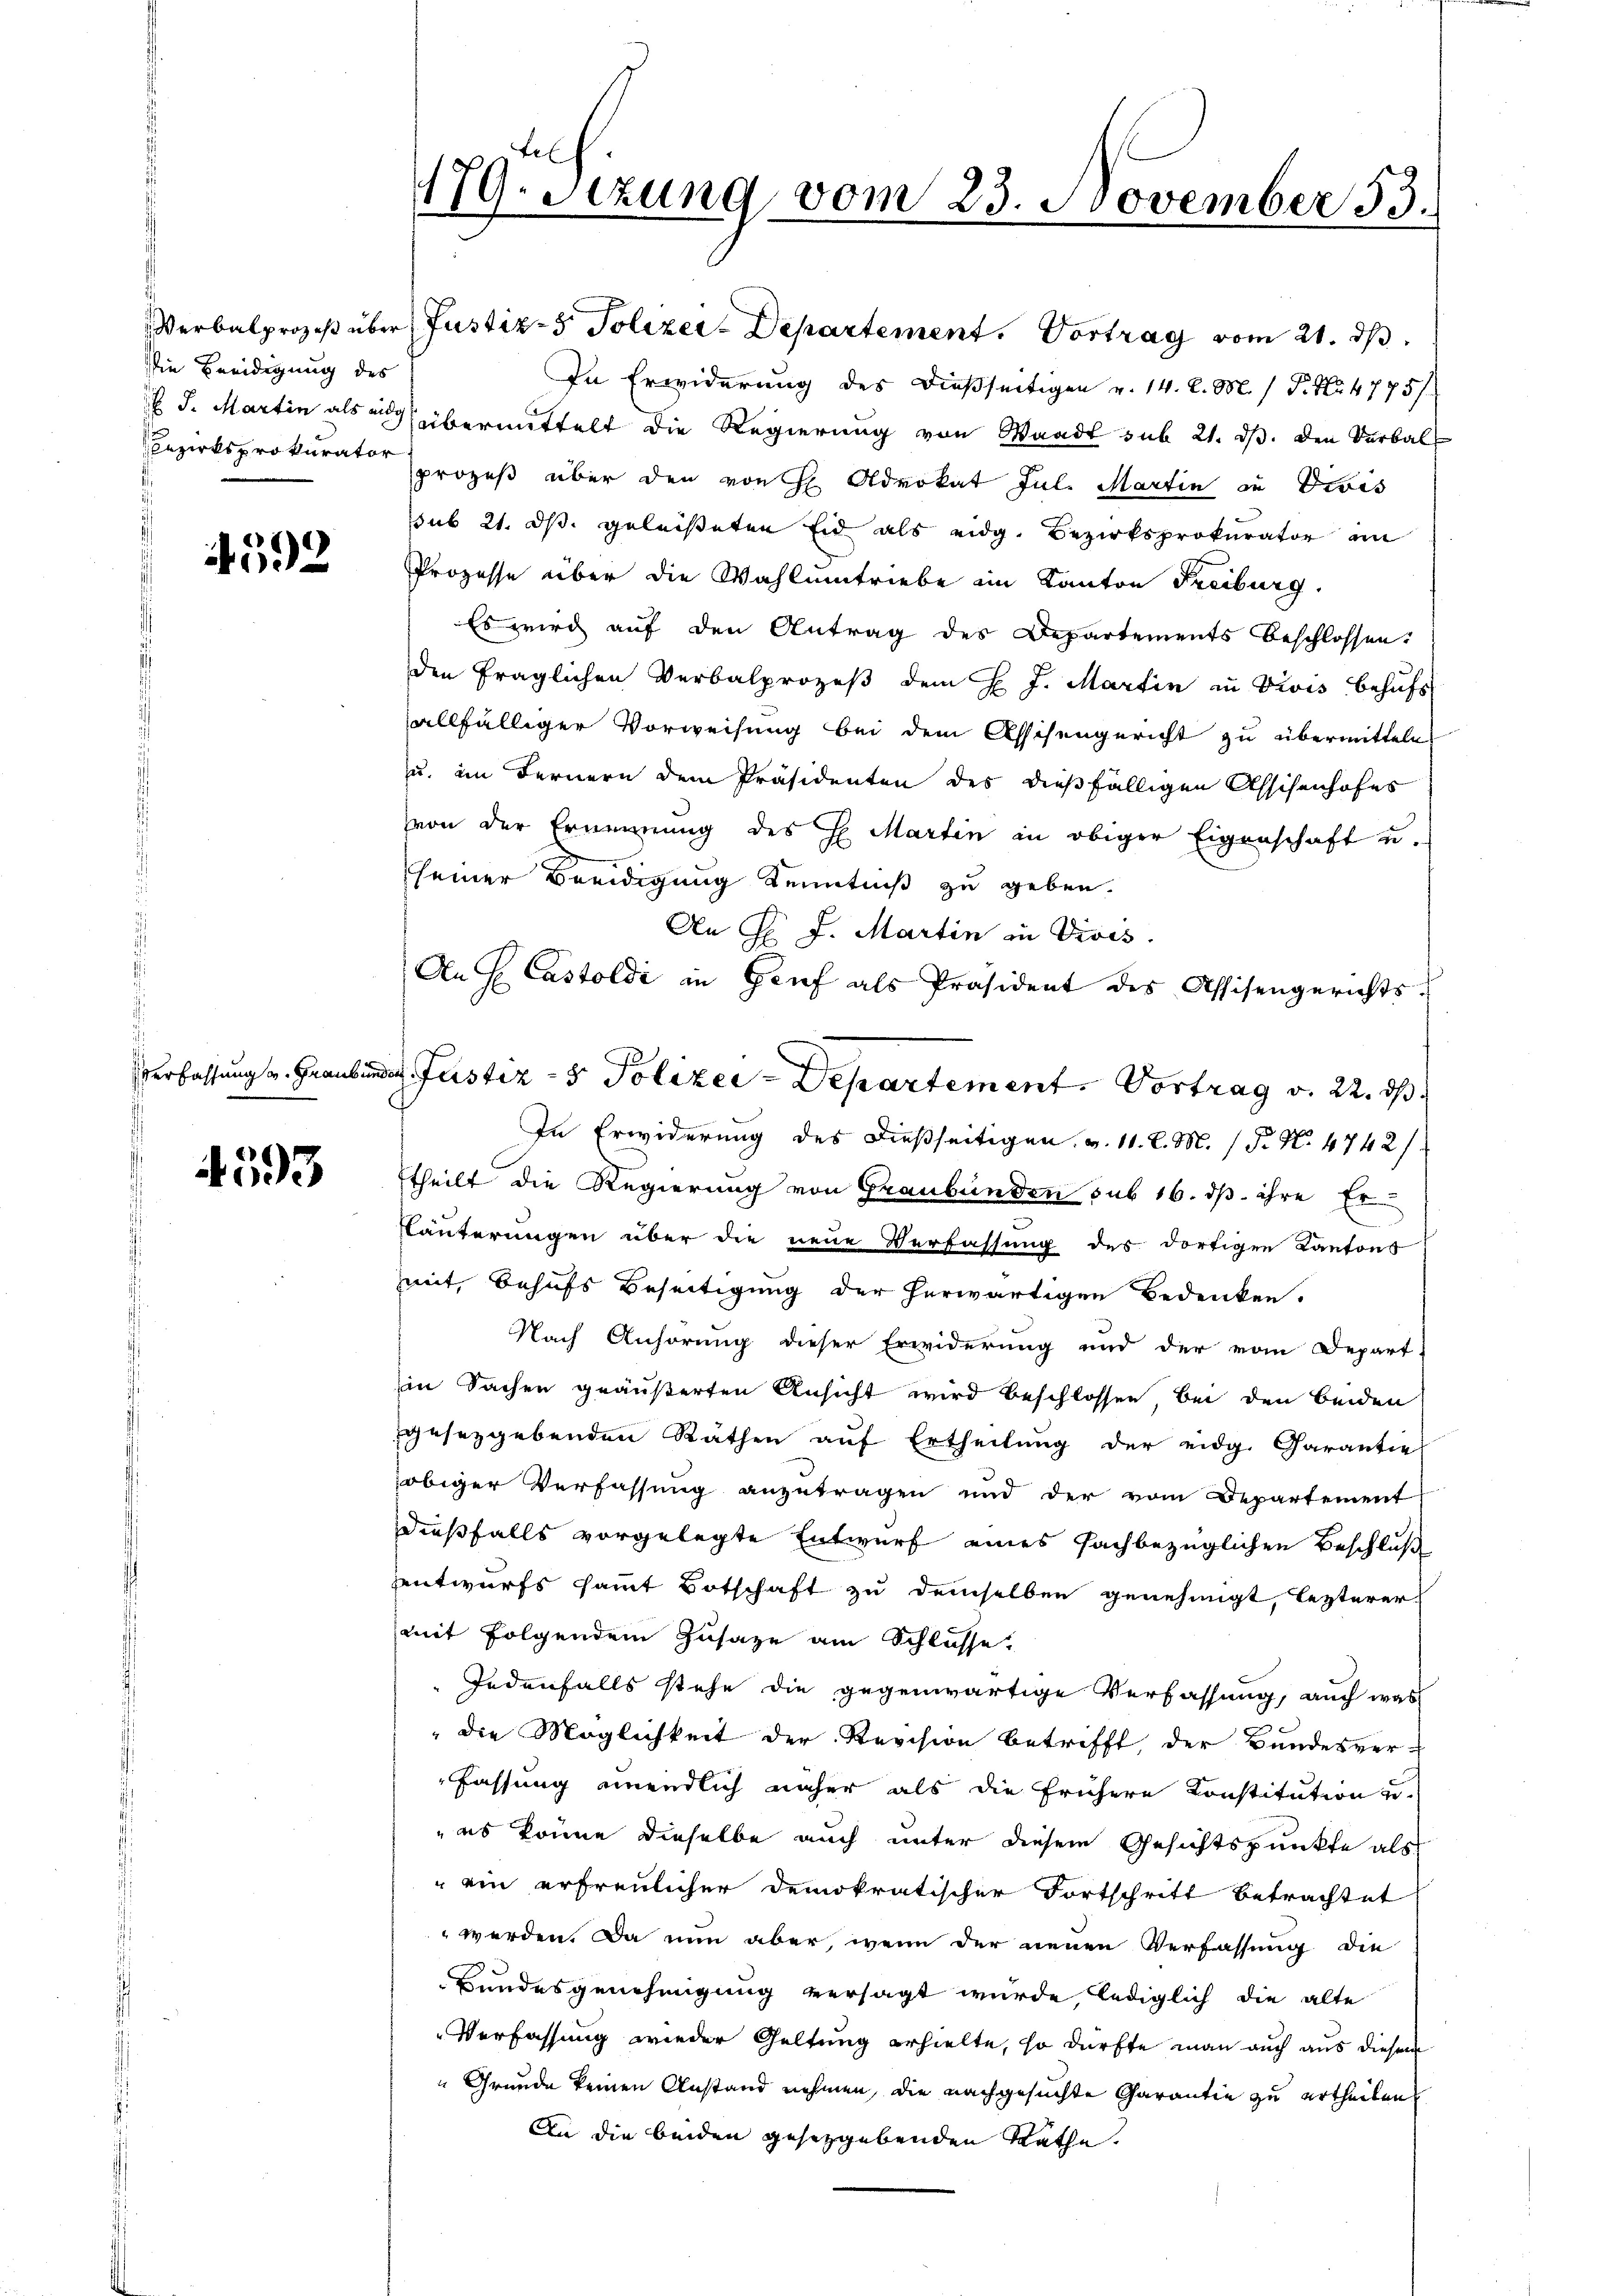
Die Beeidigung des
Bezirksprokurator

4592

Verfassung v. Graubun

4593

179. Sezung vom 23. November 33.

In Erwiderung des dießseitigen v. 14. d. M. / P. Nr. 4775/
 J. Martin als es übermittelt die Regierung von Waadt sub 21. ds. den Verbalprozeß über den von H Advokat Jul. Martin in Divis
sub 21. ds geleisteten Eid als eidg. Bezirksprokurator an
Prozesse über die Wahlumtriebe im Kanton Freiburg,
Es wird auf den Antrag des Departements beschlossen.
den fraglichen Verbalprozeß dem H. J. Martin zu Divis behufs
allfälliger Vorweisung bei dem Assisengericht zu übermitteln
u. im Fernern dem Präsidenten des dießfälligen Assichenhofes
von der Ernennung des H. Martin in obiger Eigenschaft u.
seiner Beeidigung Kenntniß zu geben.
An F. J. Martin in Divis.
An s. Castoldi in Genf als Präsident des Assisengerichts-
In Erwiderung des dießseitigen v. 11. d. M. (N. N. 4742/
theilt die Regierung von Graubünden sub 16. ds. ihre Erläuterungen über die neue Verfassung des dortigen Kantons
mit, Behufs Beseitigung der herwärtigen Bedenken.
Nach Anhörung dieser Erwiderung und der vom Depart
Ein Sachen geäußerten Ansicht wird beschlossen, bei den beiden
gesetzgebenden Räthen auf Ertheilung der eidg. Carantie
obiger Verfassung anzutragen und der vom Departement
dießfalls vorgelegte Entwurf eines fachbezüglichen Beschluß
entwurfs sammt Botschaft zu demselben genehmigt, lezterer
mit folgendem Zusage am Schlüsse.
Jedenfalls stehe die gegenwärtige Verfassung, auch was
" die Möglichkeit der Revision betrifft, der Bundesver-
Fassung unendlich näher als die frühere Konstitution zu
 es könne dieselbe auch unter diesem Gesichtspunkte als
" ein erfreulicher demokratischer Fortschritt betrachtet
 werden. Da nun aber, wenn der neuen Verfassung die
Bundesgenehmigung versagt wurde, lediglich die alte
Verfassung wieder Geltung erhielte, so dürfte man auch aus diesem
"Grunde keinen Anstand nehmen, die nachgesuchte Garantie zu ertheilen
An die beiden gesetzgebenden Rathe.

Verbalprozeß über Justiz- & Polizei-Departement. Vortrag vom 21. ds.

da Justiz- & Polizei-Departement. Vortrag v. 22. ds